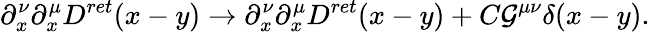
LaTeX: \partial_{x}^{\nu}\partial_{x}^{\mu}D^{ret}(x-y)\rightarrow\partial_{x}^{\nu}\partial_{x}^{\mu}D^{ret}(x-y)+C\mathcal{G}^{\mu\nu}\delta(x-y).